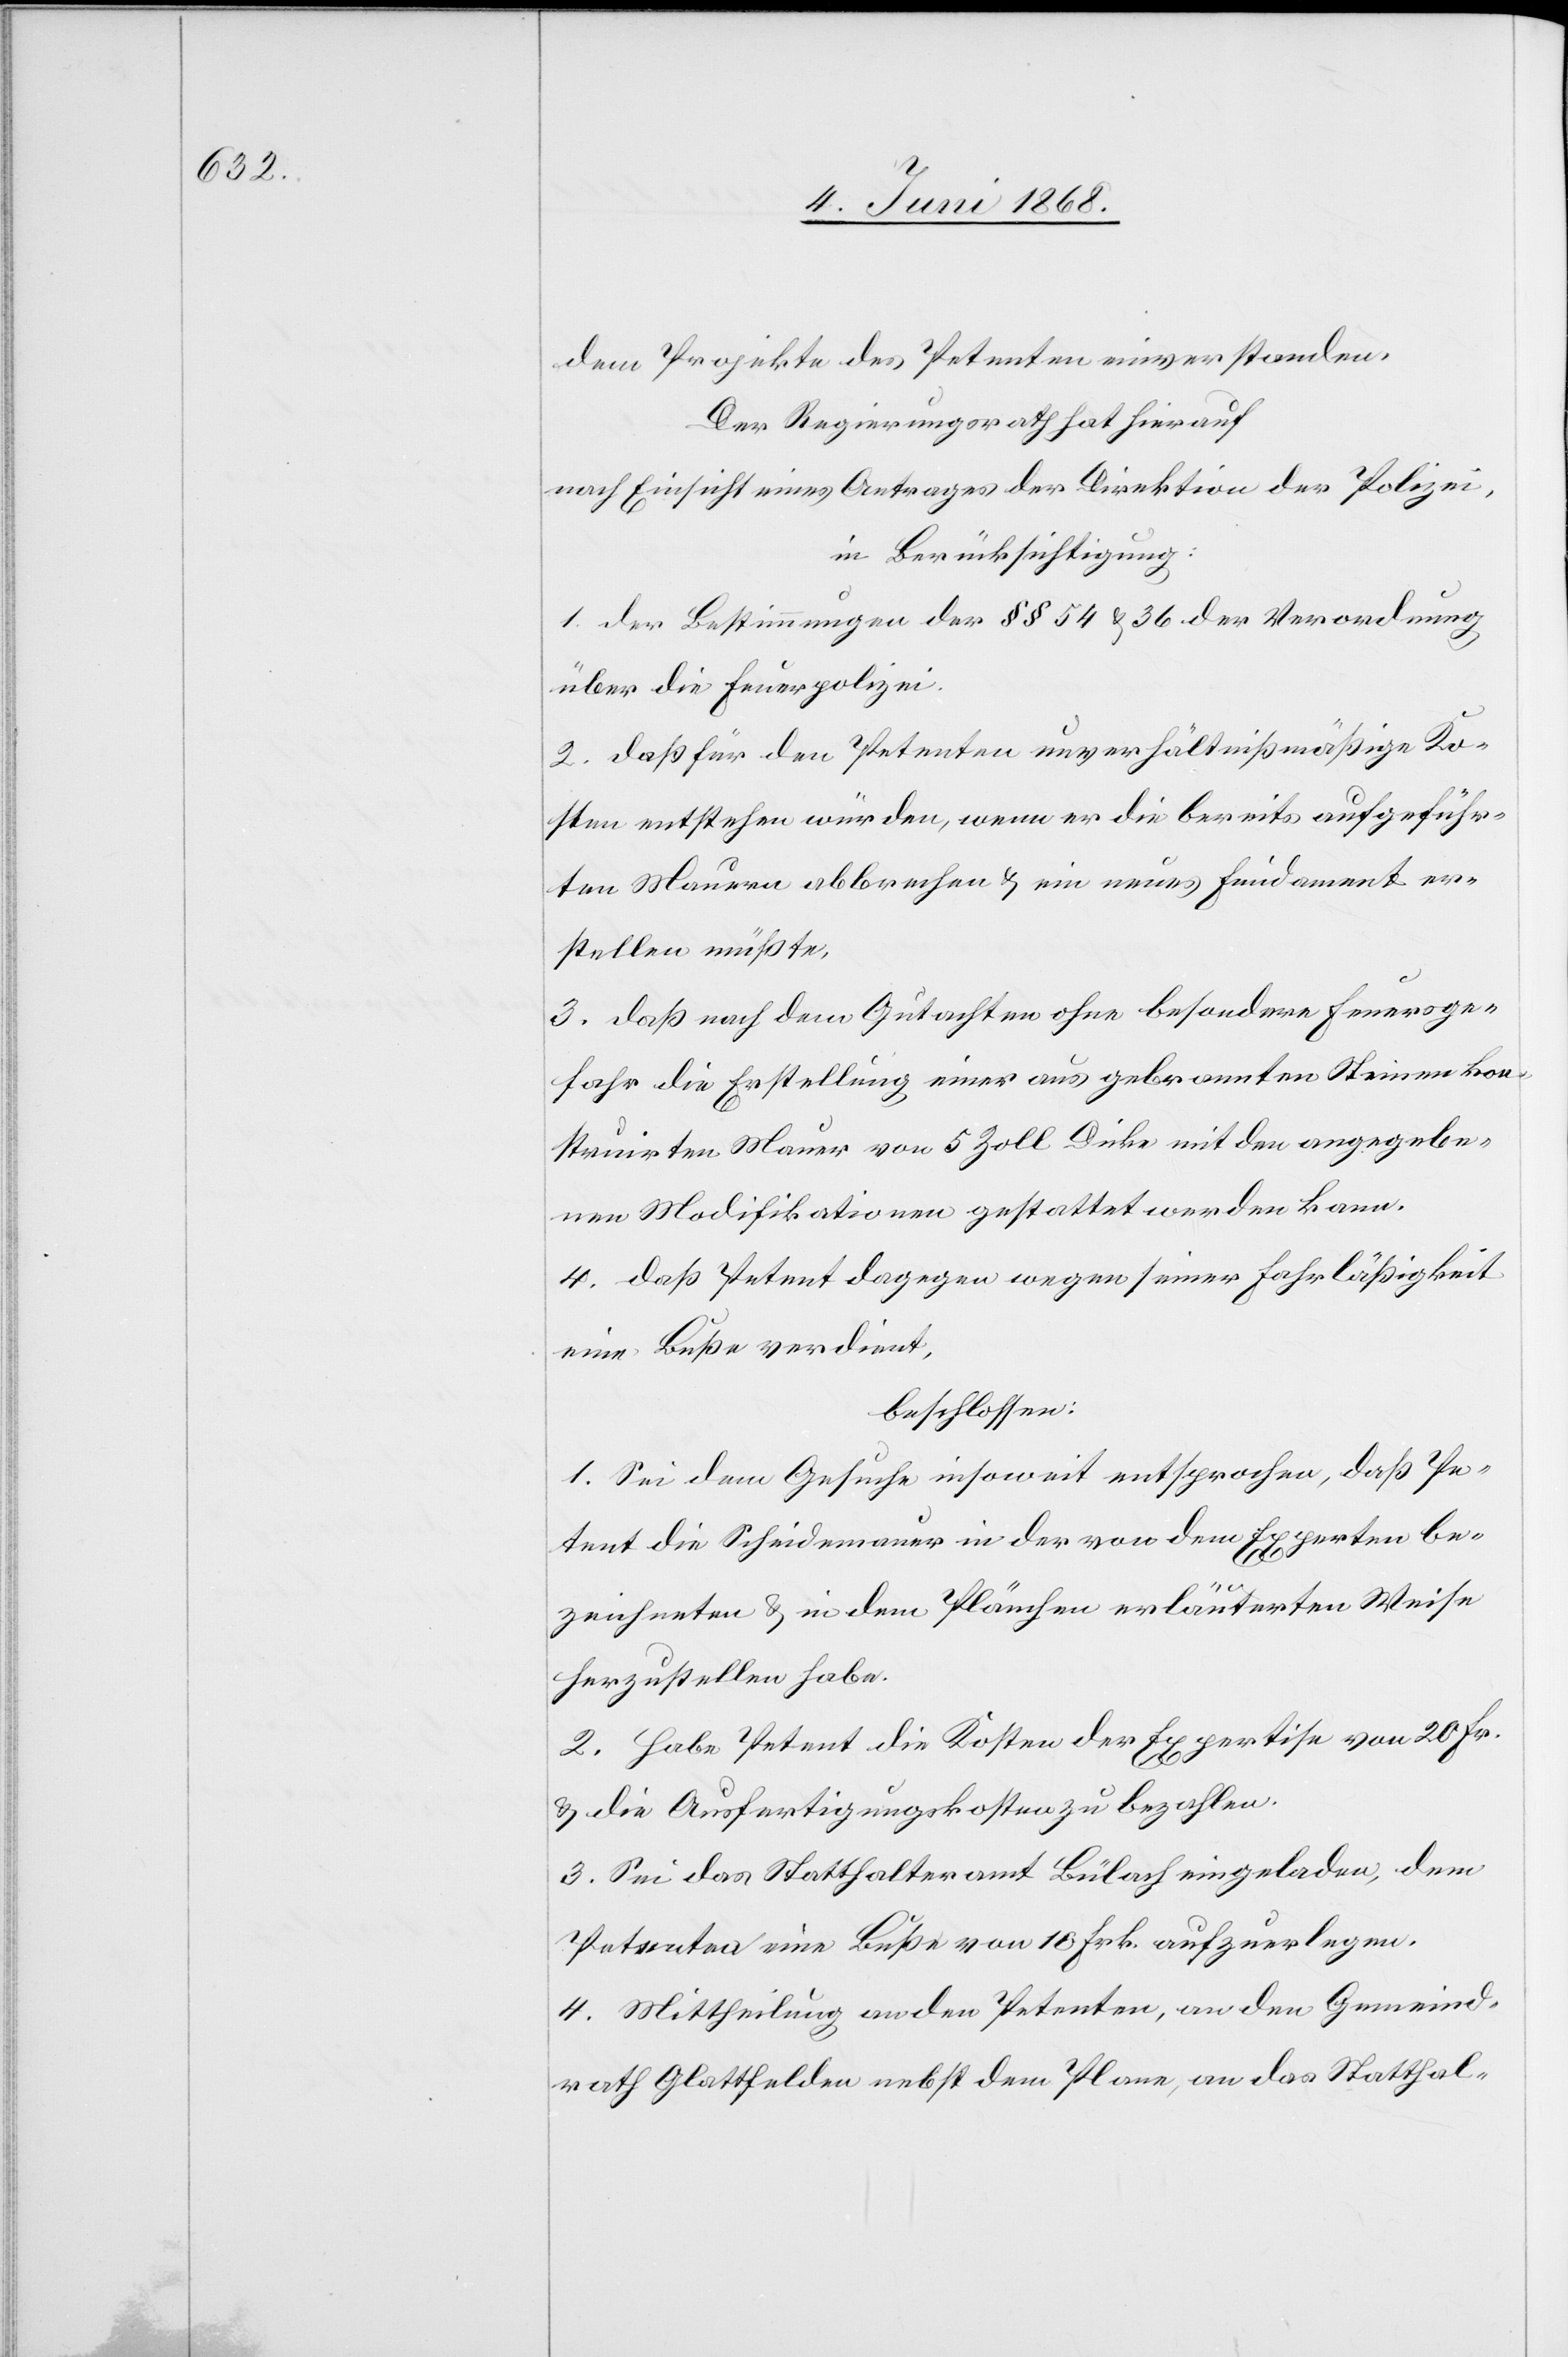
dem Projekte des Petenten einverstanden,
Der Regierungsrath hat hierauf
nach Einsicht eines Antrages der Direktion der Polizei,
in Berücksichtigung:
1. der Bestimmungen der §§ 54 & 36 der Verordnung
über die Feuerpolizei.
2. daß für den Petenten unverhältnißmäßige Ko¬
sten entstehen würden, wenn er die bereits aufgeführ¬
ten Mauern abbrechen & ein neues Fundament er¬
stellen müßte.
3. daß nach dem Gutachten ohne besondere Feuersge¬
fahr die Erstellung einer aus gebrannten Steinen kon¬
struirten Mauer von 5 Zoll Dicke mit den angegebe¬
nen Modifikationen gestattet werden kann.
4. daß Petent dagegen wegen seiner Fahrläßigkeit
eine Buße verdient,
beschlossen:
1. Sei dem Gesuche insoweit entsprochen, daß Pe¬
tent die Scheidemauer in der von dem Experten be¬
zeichneten & in dem Plänchen erläuterten Weise
herzustellen habe.
2. Habe Petent die Kosten der Expertise von 20 Fr.
& die Ausfertigungskosten zu bezahlen.
3. Sei das Statthalteramt Bülach eingeladen, dem
Petenten eine Buße von 10 Frk. aufzuerlegen.
4. Mittheilung an den Petenten, an den Gemeind¬
rath Glattfelden nebst dem Plane, an das Statthal-